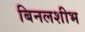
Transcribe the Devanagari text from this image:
बिनलशीभ